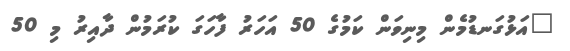
"އަޅުގަނޑުމެން މިނިވަން ކަމުގެ 50 އަހަރު ފާހަގަ ކުރަމުން ދާއިރު މި 50